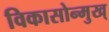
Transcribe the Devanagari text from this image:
विकासोन्मुख्